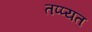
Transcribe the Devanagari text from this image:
तप्प्यत